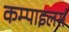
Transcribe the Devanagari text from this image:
कम्पाइलर्स